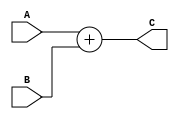
`timescale 1ns/1ns

module Adder2(
		input [31:0]A,
		input [31:0]B,
		output [31:0]C
);

assign C = A + B;


endmodule